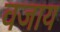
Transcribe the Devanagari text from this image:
वजाय